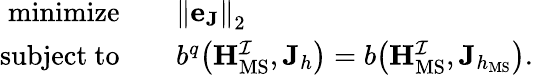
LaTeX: \begin{array}{r}{\begin{array}{rl}{\mathrm{minimize}\quad}&{{\| \mathbf{e}_{\mathbf{J}}\| }_{2}}\\ {\mathrm{subject~to}\quad}&{b^{q}\big(\mathbf{H}_{\mathrm{MS}}^{\mathcal{I}},\mathbf{J}_{h}\big)=b\big(\mathbf{H}_{\mathrm{MS}}^{\mathcal{I}},\mathbf{J}_{h_{\mathrm{MS}}}\big).}\end{array}}\end{array}